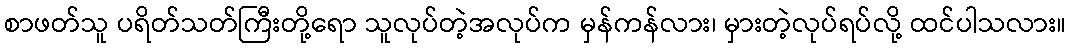
စာဖတ်သူ ပရိတ်သတ်ကြီးတို့ရော သူလုပ်တဲ့အလုပ်က မှန်ကန်လား၊ မှားတဲ့လုပ်ရပ်လို့ ထင်ပါသလား။